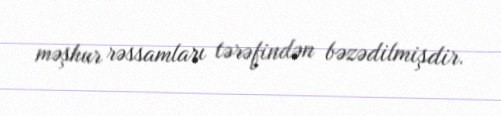
məşhur rəssamları tərəfindən bəzədilmişdir.